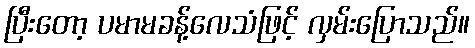
ပြီးတော့ ပမာမခန့်လေသံဖြင့် လှမ်းပြောသည်။